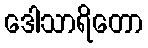
ဒေါသာရိတော